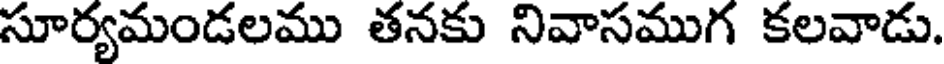
సూర్యమండలము తనకు నివాసముగ కలవాడు.